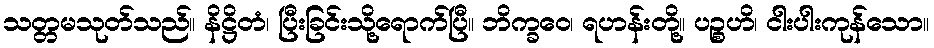
သတ္တမသုတ်သည်။ နိဋ္ဌိတံ၊ ပြီးခြင်းသို့ရောက်ပြီ။ ဘိက္ခဝေ၊ ရဟန်းတို့။ ပဉ္စဟိ၊ ငါးပါးကုန်သော။